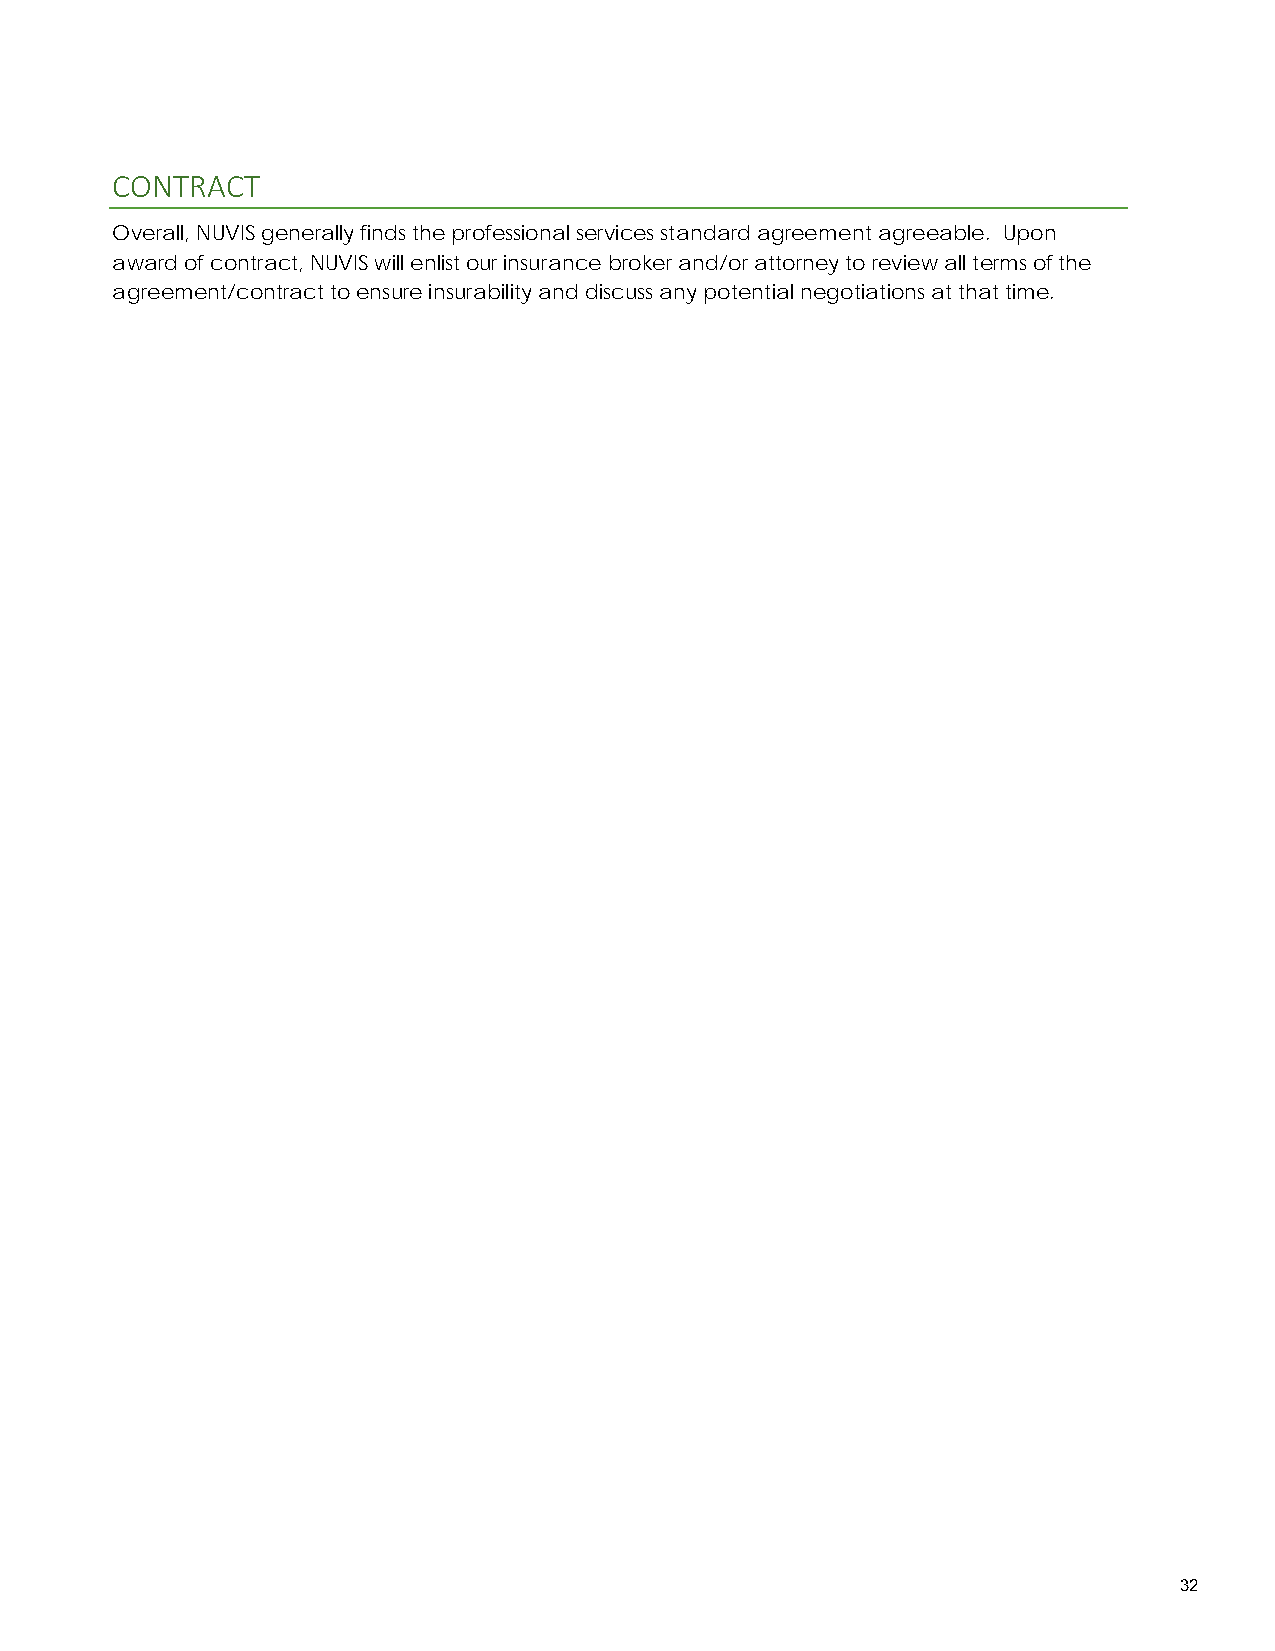
CONTRACT
 Overall, NUVIS generally finds the professional services standard agreement agreeable. Upon
 award of contract, NUVIS will enlist our insurance broker and/or attorney to review all terms of the
 agreement/contract to ensure insurability and discuss any potential negotiations at that time.
 32